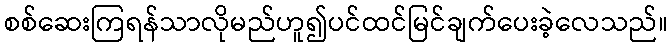
စစ်ဆေးကြရန်သာလိုမည်ဟူ၍ပင်ထင်မြင်ချက်ပေးခဲ့လေသည်။